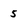
Character: 5